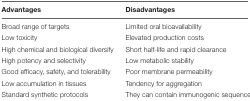
| Advantages | Disadvantages |
 | --- | --- |
 | Broad range of targets | Limited oral bioavailability |
 | Low toxicity | Elevated production costs |
 | High chemical and biological diversify | Short half-life and rapid clearance |
 | High potency and selectivity | Low metabolic stability |
 | Good efficacy, safety, and tolerability | Poor membrane permeability |
 | Low accumulation in tissues | Tendency for aggregation |
 | Standard synthetic protocols | They can contain immunogenic sequences |